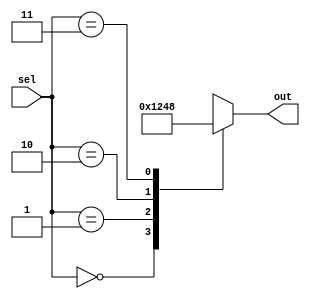
module case_example (
    input [1:0] sel,
    output reg [3:0] out
);

initial begin
    case (sel)
        2'b00: out = 4'b0001; // If sel is 00, out is 0001
        2'b01: out = 4'b0010; // If sel is 01, out is 0010
        2'b10: out = 4'b0100; // If sel is 10, out is 0100
        2'b11: out = 4'b1000; // If sel is 11, out is 1000
        default: out = 4'b0000; // Default case
    endcase
end

endmodule